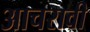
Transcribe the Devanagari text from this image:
आचरावी